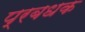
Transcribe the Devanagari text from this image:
प्रबधक